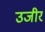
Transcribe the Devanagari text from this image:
उजीर